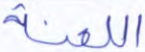
اللعنة